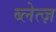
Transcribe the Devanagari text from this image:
ब्लेत्ज़